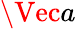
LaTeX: \Vec{a}